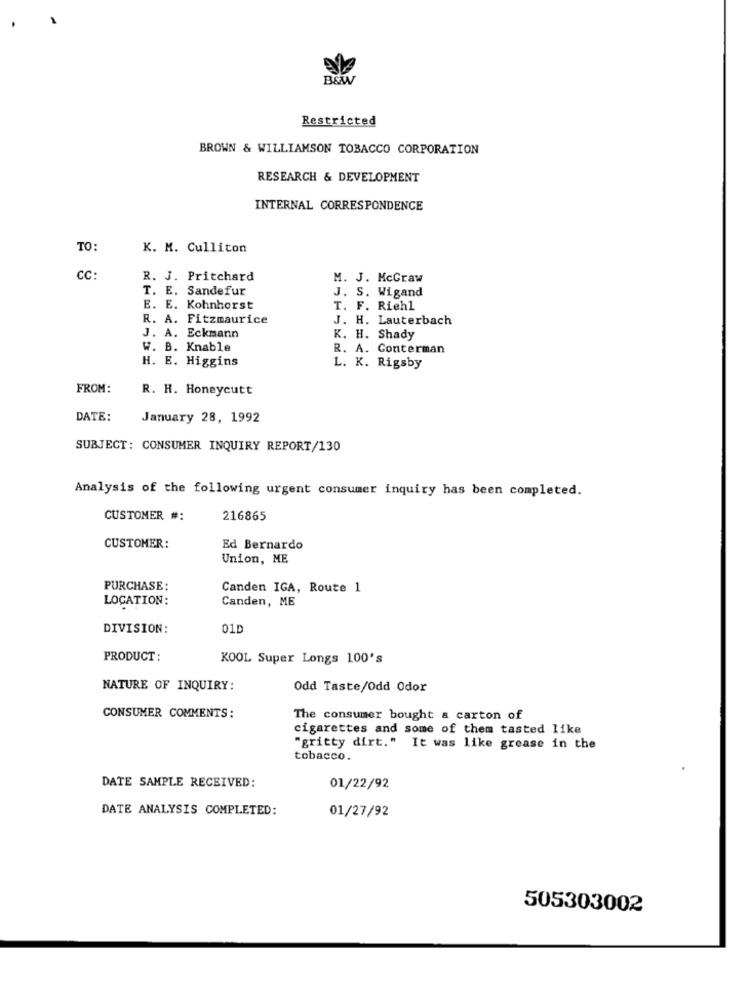
B&W
Restricted
BROWN & WILLIAMSON TOBACCO CORPORATION
RESEARCH & DEVELOPMENT
INTERNAL CORRESPONDENCE
TO:
K. M. Culliton
cc:
R. J. Pritchard
M. J. McGraw
T. E. Sandefur
J. S. Wigand
E. E. Kohnhorst
T. F. Riehl
R. A. Fitzmaurice
J. H. Lauterbach
J. A. Eckmann
K. H. Shady
W. B. Knable
R. A. Conterman
H. E. Higgins
L. K. Rigsby
FROM:
R. H. Honeycutt
DATE:
January 28, 1992
SUBJECT: CONSUMER INQUIRY REPORT/130
Analysis of the following urgent consumer inquiry has been completed.
CUSTOMER #:
216865
CUSTOMER:
Ed Bernardo
Union, ME
PURCHASE:
Canden IGA, Route 1
LOCATION:
Canden, ME
DIVISION:
01D
PRODUCT:
KOOL Super Longs 100's
NATURE OF INQUIRY:
Odd Taste/Odd Odor
CONSUMER COMMENTS:
The consumer bought a carton of
cigarettes and some of them tasted like
"gritty dirt." It was like grease in the
tobacco.
DATE SAMPLE RECEIVED:
01/22/92
DATE ANALYSIS COMPLETED:
01/27/92
505303002